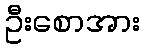
ဦးစောအား